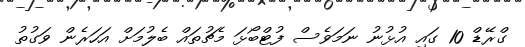
ގްރޭޑް 10 ގައި އުޅުނު ނަމަވެސް ފުޓްބޯޅަ މެޗުތައް ބެލުމަށް އަހަރެން ވަގުތު